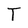
Character: T